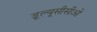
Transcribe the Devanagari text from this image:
डूल्यूसीसीओ